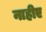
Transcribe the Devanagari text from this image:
नाहीए